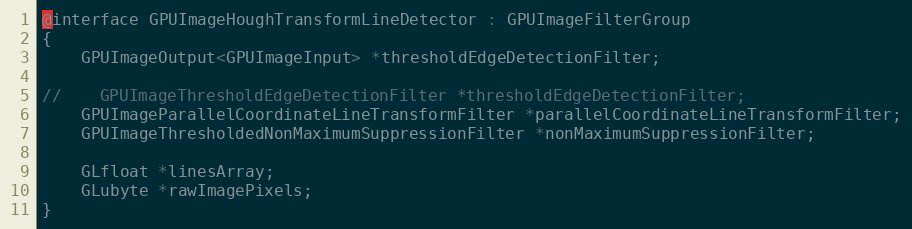
Language: C
@interface GPUImageHoughTransformLineDetector : GPUImageFilterGroup
{
    GPUImageOutput<GPUImageInput> *thresholdEdgeDetectionFilter;

//    GPUImageThresholdEdgeDetectionFilter *thresholdEdgeDetectionFilter;
    GPUImageParallelCoordinateLineTransformFilter *parallelCoordinateLineTransformFilter;
    GPUImageThresholdedNonMaximumSuppressionFilter *nonMaximumSuppressionFilter;

    GLfloat *linesArray;
    GLubyte *rawImagePixels;
}